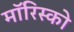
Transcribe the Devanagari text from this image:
मॉरिस्को